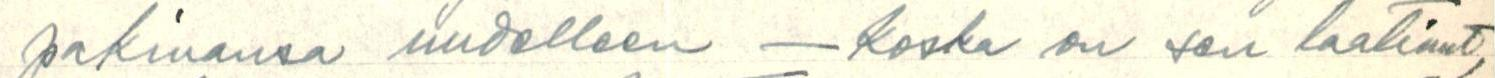
pakinansa uudelleen - koska on sen laatinut,